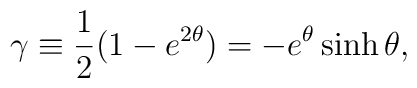
\gamma \equiv {1\over 2}(1-e^{2\theta})=-e^{\theta}\sinh \theta ,